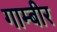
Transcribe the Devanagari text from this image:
गाम्बीर